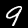
Digit: 9